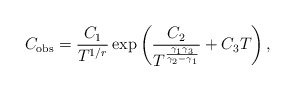
\begin{align*} C_{\mathrm{obs}} = \frac{C_1}{T^{1/r}} \exp \left(\frac{C_2}{T^{\frac{\gamma_1 \gamma_3}{\gamma_2 - \gamma_1}}} + C_3 T\right), \end{align*}